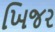
ખિજર